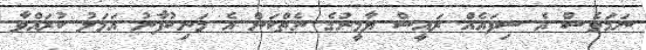
ނަމަވެސް އެ ސިފައެއް ރައީސް ޔާމީނުގެ ނެތްކަން އެ މަނިކުފާނު އަމަލު ކުރައްވާ